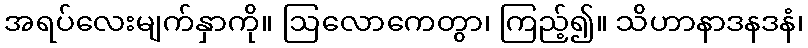
အရပ်လေးမျက်နှာကို။ ဩလောကေတွာ၊ ကြည့်၍။ သိဟာနာဒနဒနံ၊